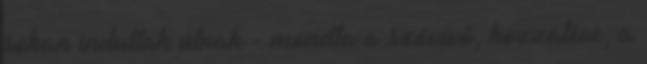
sokan indultak útnak - mondta a szóvivő, hozzátéve, a